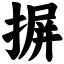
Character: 摒